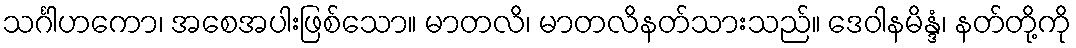
သင်္ဂါဟကော၊ အစေအပါးဖြစ်သော။ မာတလိ၊ မာတလိနတ်သားသည်။ ဒေဝါနမိန္ဒံ၊ နတ်တို့ကို